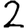
Digit: 2